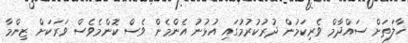
ހާލަތަށް ސައްދާމް ވެރިކަމުން ދުރުކުރުމުގައި އުޅުނު އެންމެން ވެސް ކޮންމެވެސް ވަރަކަށް ޒިންމާ